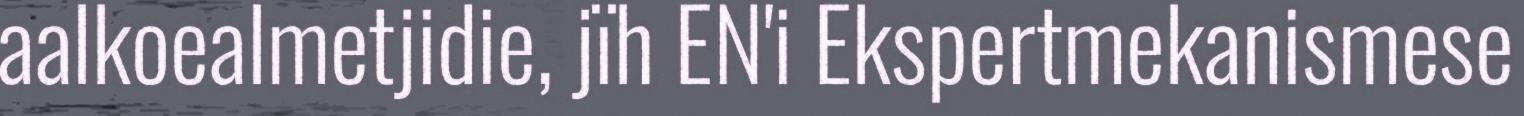
aalkoealmetjidie, jïh EN'i Ekspertmekanismese